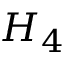
H _ { 4 }